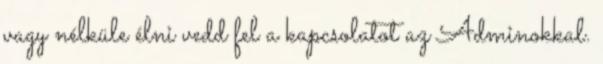
vagy nélküle élni vedd fel a kapcsolatot az Adminokkal.